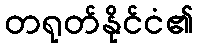
တရုတ်နိုင်ငံ၏